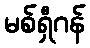
မစ်ရှီဂန်